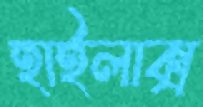
হাইলাক্স